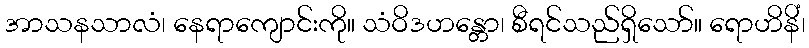
အာသနသာလံ၊ နေရာကျောင်းကို။ သံဝိဒဟန္တော၊ စီရင်သည်ရှိသော်။ ရောဟိနိံ၊